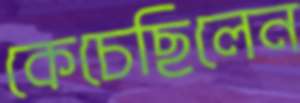
কেচেছিলেন